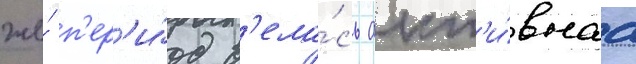
же́ п'ер'и́од в'ела́сь акт'и́внаа